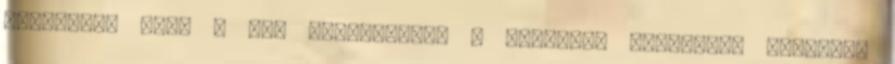
tolakodós jegy A nap paradoxona: a Vodafone Világjegy érvényes